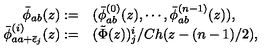
\begin{array} { r l } { \bar { \phi } _ { a b } ( z ) : = } & { ( \bar { \phi } _ { a b } ^ { ( 0 ) } ( z ) , \cdots , \bar { \phi } _ { a b } ^ { ( n - 1 ) } ( z ) ) , } \\ { \bar { \phi } _ { a a + \bar { \epsilon } _ { j } } ^ { ( i ) } ( z ) : = } & { ( \tilde { \Phi } ( z ) ) _ { j } ^ { i } / C h ( z - ( n - 1 ) / 2 ) , } \\ \end{array}